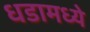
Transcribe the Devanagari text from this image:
धडामध्ये